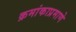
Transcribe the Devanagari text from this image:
क्रमांकाप्रमाणे